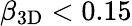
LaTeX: \beta_{\mathrm{3D}}<0.15